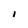
Character: l